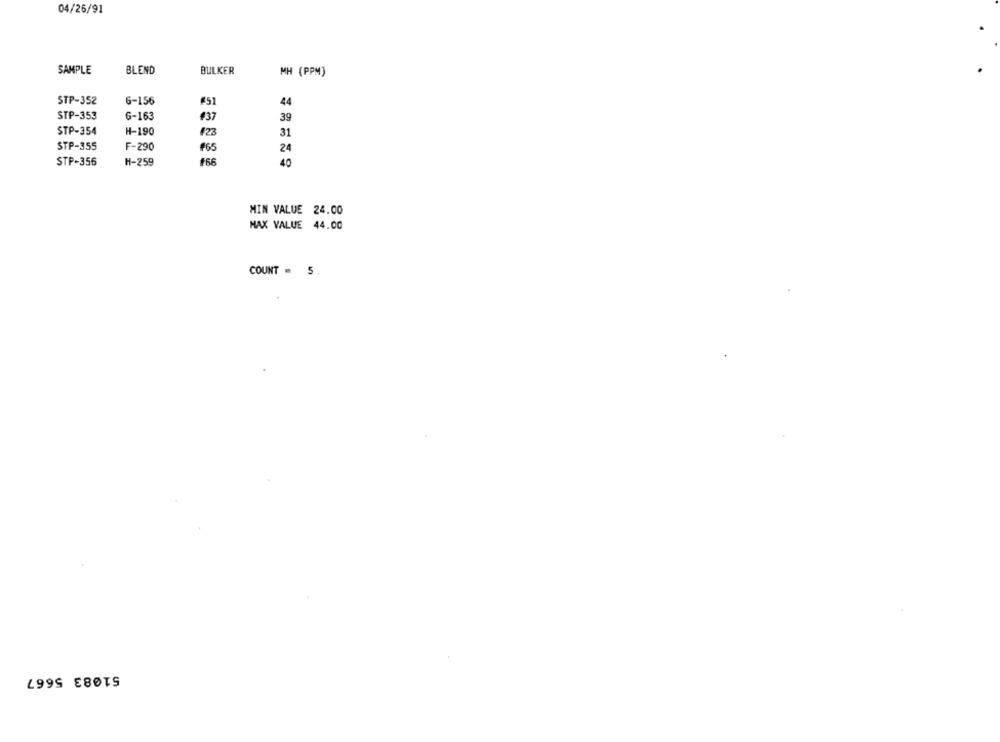
04/26/91
SAMPLE
BLEND
BULKER
MH (PPM)
STP-352
6-156
44
STP-353
6-163
#37
39
STP-354
H-190
#23
31
STP-355
F-290
165
24
STP-356
H-259
#66
40
MIN VALUE 24.00
MAX VALUE 44.00
COUNT = 5.
51083 5667